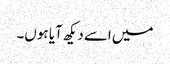
میں اسے دیکھ آیا ہوں۔